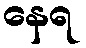
နေရ